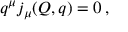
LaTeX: q ^ { \mu } j _ { \mu } ( Q , q ) = 0 \, ,